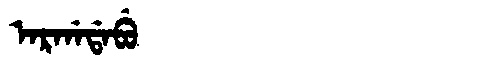
Manchu: ᠠᡵᡤᠠᡩᠠᠪᡠ
Romanization: ARGADABU